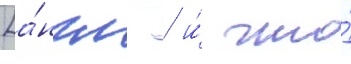
[а́нгл. / и́ что́